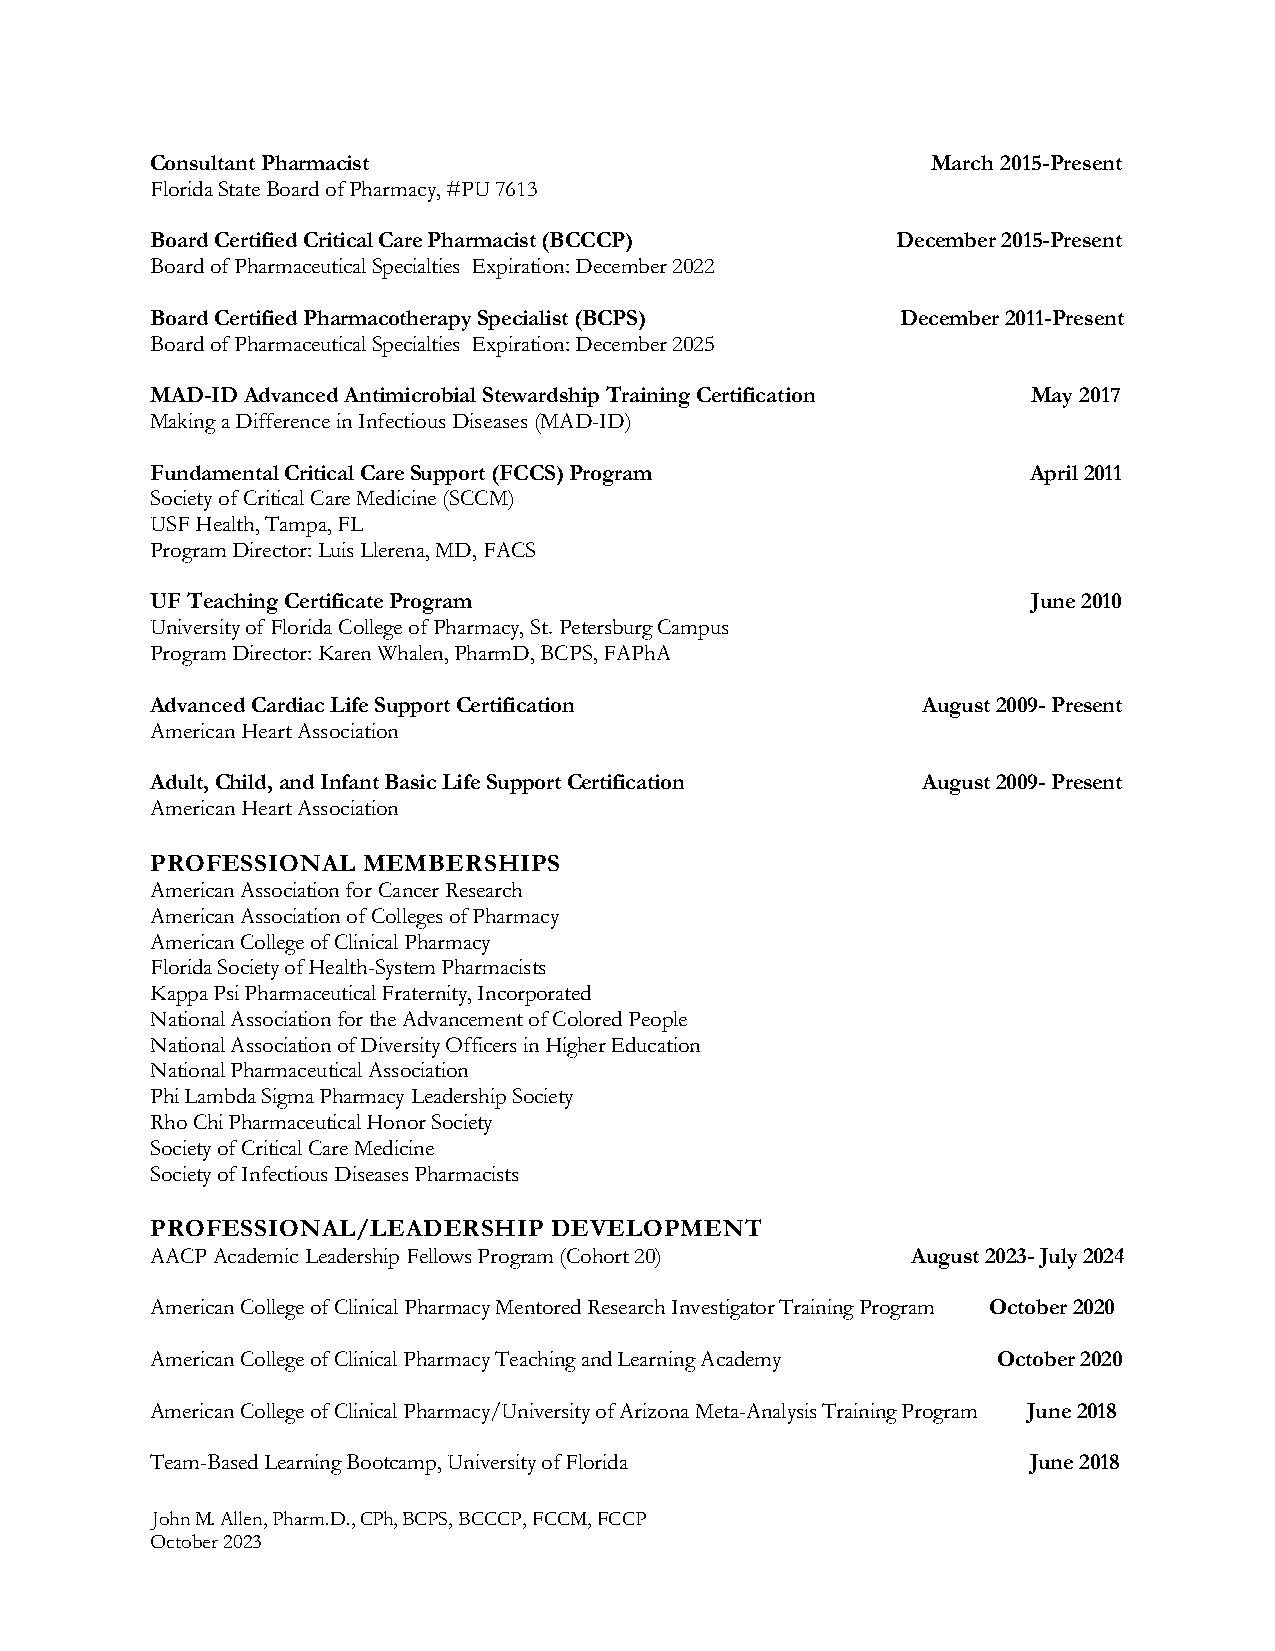
Consultant Pharmacist                               March 2015-Present
 Florida State Board of Pharmacy, #PU 7613
 Board Certified Critical Care Pharmacist (BCCCP) December 2015-Present
 Board of Pharmaceutical Specialties Expiration: December 2022
 Board Certified Pharmacotherapy Specialist (BCPS) December 2011-Present
 Board of Pharmaceutical Specialties Expiration: December 2025
 MAD-ID Advanced Antimicrobial Stewardship Training Certification May 2017
 Making a Difference in Infectious Diseases (MAD-ID)
 Fundamental Critical Care Support (FCCS) Program          April 2011
 Society of Critical Care Medicine (SCCM)
 USF Health, Tampa, FL
 Program Director: Luis Llerena, MD, FACS
 UF Teaching Certificate Program                           June 2010
 University of Florida College of Pharmacy, St. Petersburg Campus
 Program Director: Karen Whalen, PharmD, BCPS, FAPhA
 Advanced Cardiac Life Support Certification        August 2009- Present
 American Heart Association
 Adult, Child, and Infant Basic Life Support Certification August 2009- Present
 American Heart Association
 PROFESSIONAL  MEMBERSHIPS
 American Association for Cancer Research
 American Association of Colleges of Pharmacy
 American College of Clinical Pharmacy
 Florida Society of Health-System Pharmacists
 Kappa Psi Pharmaceutical Fraternity, Incorporated
 National Association for the Advancement of Colored People
 National Association of Diversity Officers in Higher Education
 National Pharmaceutical Association
 Phi Lambda Sigma Pharmacy Leadership Society
 Rho Chi Pharmaceutical Honor Society
 Society of Critical Care Medicine
 Society of Infectious Diseases Pharmacists
 PROFESSIONAL/LEADERSHIP    DEVELOPMENT
 AACP Academic Leadership Fellows Program (Cohort 20) August 2023- July 2024
 American College of Clinical Pharmacy Mentored Research Investigator Training Program October 2020
 American College of Clinical Pharmacy Teaching and Learning Academy October 2020
 American College of Clinical Pharmacy/University of Arizona Meta-Analysis Training Program June 2018
 Team-Based Learning Bootcamp, University of Florida       June 2018
 John M. Allen, Pharm.D., CPh, BCPS, BCCCP, FCCM, FCCP
 October 2023